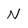
Character: N